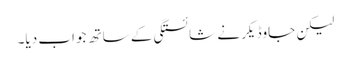
لیکن جاوڈیکر نے شائستگی کے ساتھ جواب دیا۔